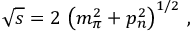
\sqrt { s } = 2 \, \left( m _ { \pi } ^ { 2 } + p _ { n } ^ { 2 } \right) ^ { 1 / 2 } \, ,